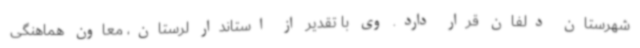
شهرستان دلفان قرار دارد. وی با تقدیر از استاندار لرستان، معاون هماهنگی